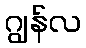
ဂျွန်လ